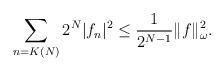
LaTeX: \begin{align*} \sum_{n=K(N)} 2^N |f_n|^2 \leq \frac{1}{2^{N-1}} \|f\|^2_\omega.\end{align*}